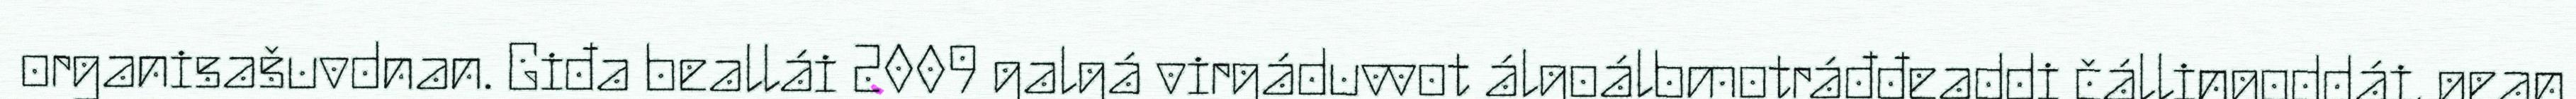
organisašuvdnan. Giđa beallái 2009 galgá virgáduvvot álgoálbmotráđđeaddi čállingoddái, gean